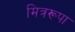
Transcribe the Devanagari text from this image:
मित्ररूपा